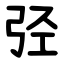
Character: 弪